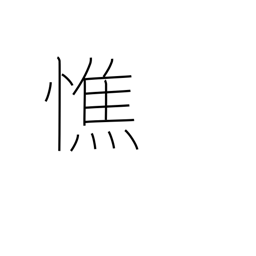
Meaning: get thin